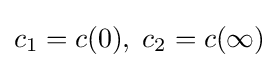
c_{1}=c(0),\;c_{2}=c(\infty )